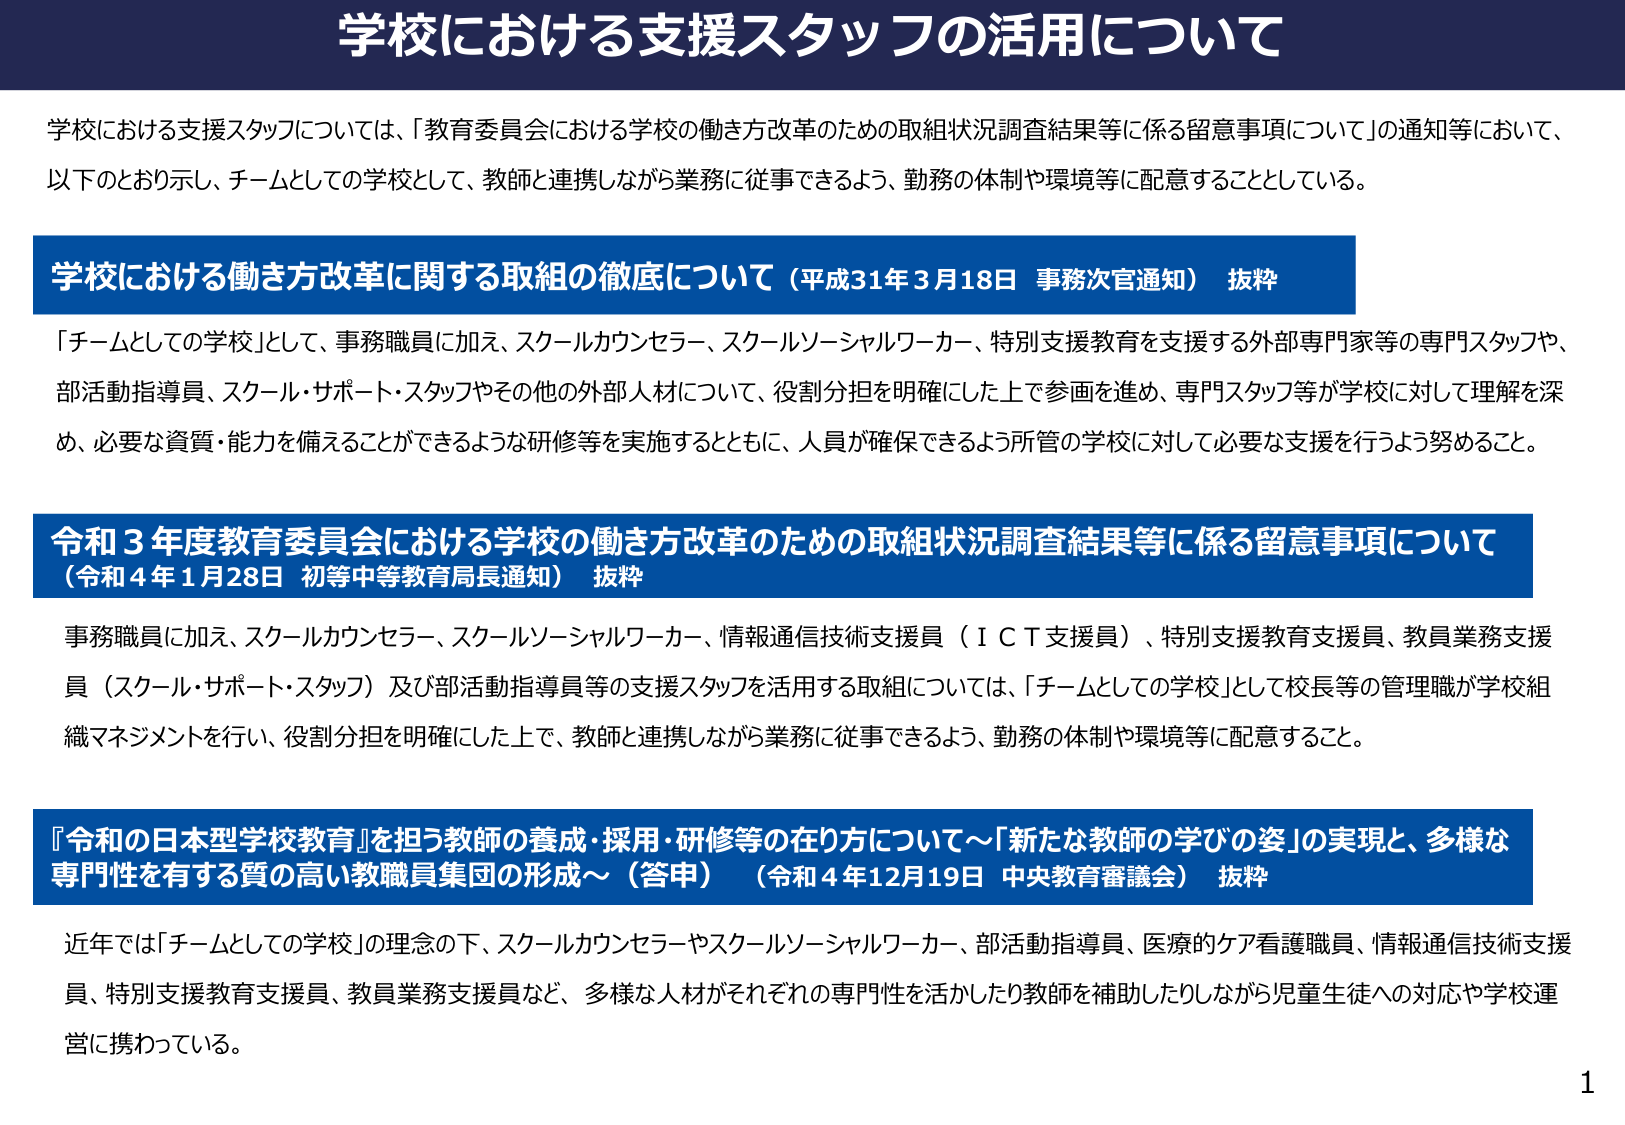
学校における支援スタッフの活用について

学校における支援スタッフについては、「教育委員会における学校の働き方改革のための取組状況調査結果等に係る留意事項について」の通知等において、以下のとおり示し、チームとしての学校として、教師と連携しながら業務に従事できるよう、勤務の体制や環境等に配意することとしている。

学校における働き方改革に関する取組の徹底について（平成31年3月18日 事務次官通知） 抜粋
「チームとしての学校」として、事務職員に加え、スクールカウンセラー、スクールソーシャルワーカー、特別支援教育を支援する外部専門家等の専門スタッフや、部活動指導員、スクール・サポート・スタッフやその他の外部人材について、役割分担を明確にした上で参画を進め、専門スタッフ等が学校に対して理解を深め、必要な資質・能力を備えることができるような研修等を実施するとともに、人員が確保できるよう所管の学校に対して必要な支援を行うよう努めること。

令和3年度教育委員会における学校の働き方改革のための取組状況調査結果等に係る留意事項について（令和4年1月28日 初等中等教育局長通知） 抜粋
事務職員に加え、スクールカウンセラー、スクールソーシャルワーカー、情報通信技術支援員（ＩＣＴ支援員）、特別支援教育支援員、教員業務支援員（スクール・サポート・スタッフ）及び部活動指導員等の支援スタッフを活用する取組については、「チームとしての学校」として校長等の管理職が学校組織マネジメントを行い、役割分担を明確にした上で、教師と連携しながら業務に従事できるよう、勤務の体制や環境等に配意すること。

『令和の日本型学校教育』を担う教師の養成・採用・研修等の在り方について～「新たな教師の学びの姿」の実現と、多様な専門性を有する質の高い教職員集団の形成～（答申）（令和4年12月19日 中央教育審議会） 抜粋
近年では「チームとしての学校」の理念の下、スクールカウンセラーやスクールソーシャルワーカー、部活動指導員、医療的ケア看護職員、情報通信技術支援員、特別支援教育支援員、教員業務支援員など、多様な人材がそれぞれの専門性を活かしたり教師を補助したりしながら児童生徒への対応や学校運営に携わっている。

1